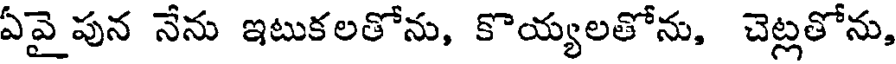
ఏవై పున నేను ఇటుకలతోను, కొయ్యలతోను, చెట్లతోను,